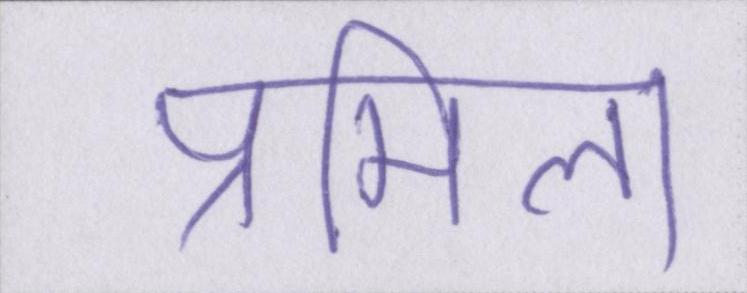
प्रमिला